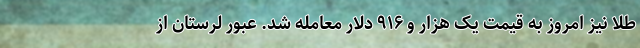
طلا نیز امروز به قیمت یک هزار و ۹۱۶ دلار معامله شد. عبور لرستان از